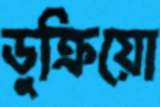
ডুক্‌রিয়ো